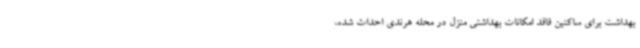
بهداشت برای ساکنین فاقد امکانات بهداشتی منزل در محله هرندی احداث شده،